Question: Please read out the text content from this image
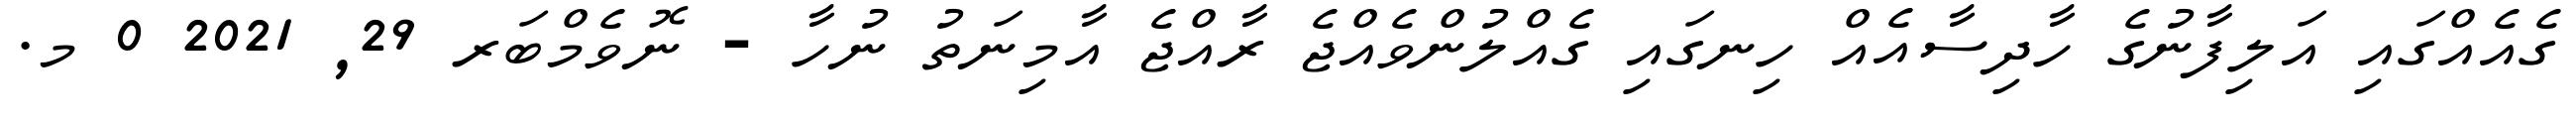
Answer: ގެއެއްގައި އަލިފާނުގެ ހާދިސާއެއް ހިނގައި ގެއްލުންވެއްޖެ ރާއްޖެ އާމިނަތު ނުހާ - ނޮވެމްބަރ 29, 2021 0 މ.